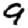
Digit: 9